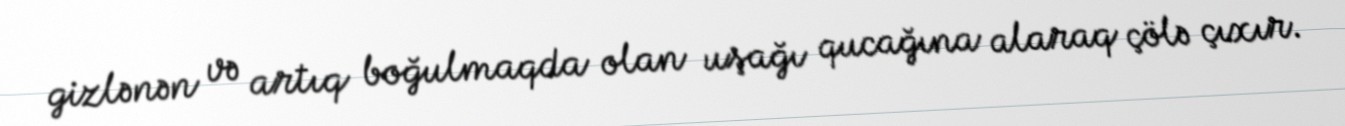
gizlənən və artıq boğulmaqda olan uşağı qucağına alaraq çölə çıxır.